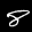
Label: 8